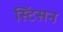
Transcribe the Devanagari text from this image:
स्टिंसन